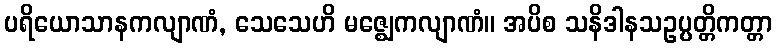
ပရိယောသာနကလျာဏံ, သေသေဟိ မဇ္ဈေကလျာဏံ။ အပိစ သနိဒါနသဥပ္ပတ္တိကတ္တာ